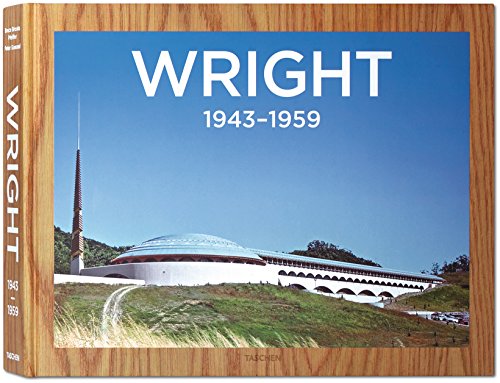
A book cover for Frank Lloyd Wright Complete Works, Vol. 3: 1943-1959 (v. 3); Bruce Brooks Pfeiffer; Arts & Photography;